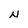
Character: N